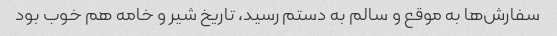
سفارش‌ها به موقع و سالم به دستم رسید، تاریخ شیر و خامه هم خوب بود